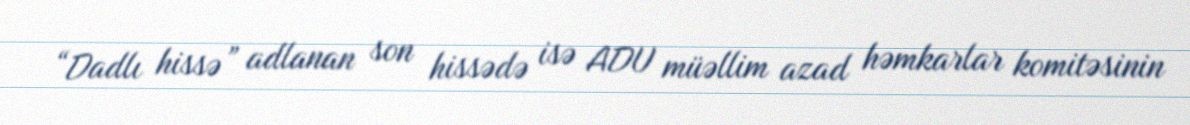
“Dadlı hissə” adlanan son hissədə isə ADU müəllim azad həmkarlar komitəsinin